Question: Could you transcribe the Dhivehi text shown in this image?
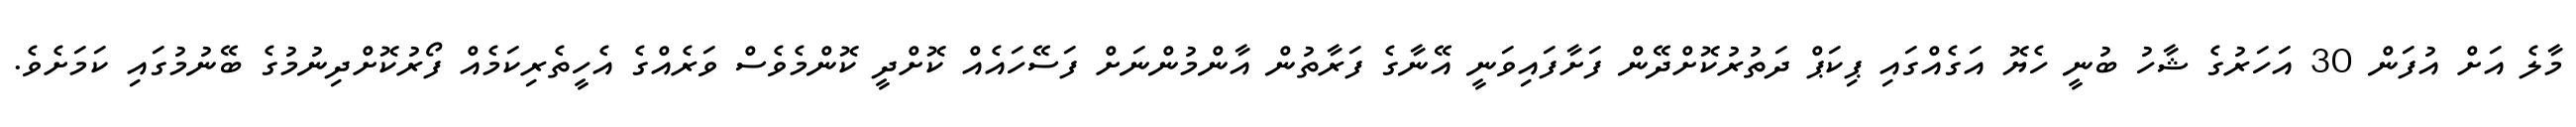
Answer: މާލެ އަށް އުފަން 30 އަހަރުގެ ޝާހު ބުނީ ހެޔޮ އަގެއްގައި ޕިކަޕް ދަތުރުކޮށްދޭން ފަށާފައިވަނީ އޭނާގެ ފަރާތުން އާންމުންނަށް ފަސޭހައެއް ކޮށްދީ ކޮންމެވެސް ވަރެއްގެ އެހީތެރިކަމެއް ފޯރުކޮށްދިނުމުގެ ބޭނުމުގައި ކަމަށެވެ.